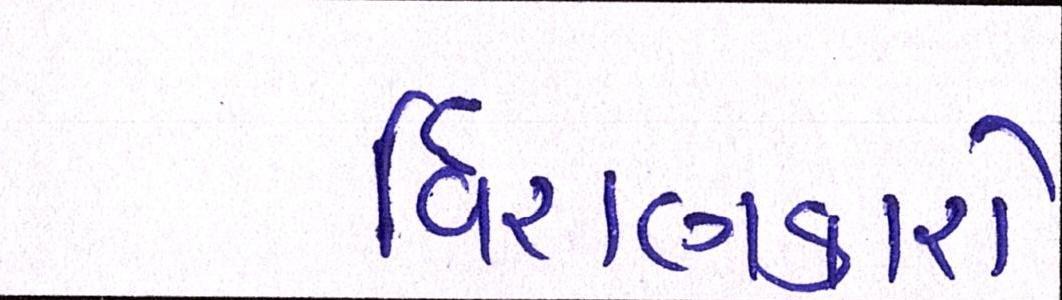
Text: ધિરાણકારો